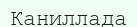
Каниллада